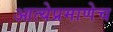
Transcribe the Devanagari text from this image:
आत्येप्रमाणेच